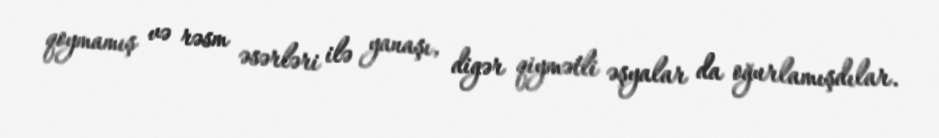
qoymamış və rəsm əsərləri ilə yanaşı, digər qiymətli əşyalar da oğurlamışdılar.